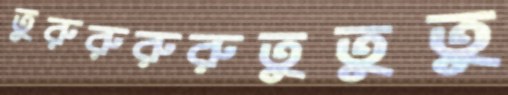
তুরুরুরুরুতুতুতু